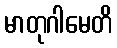
မာတုဂါမေတိ